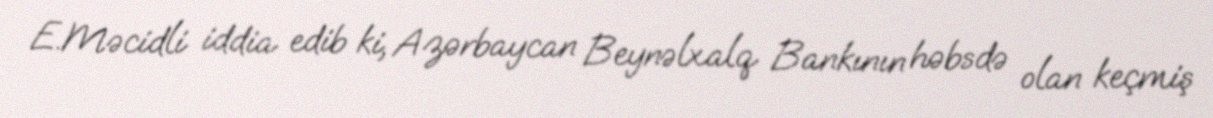
E.Məcidli iddia edib ki, Azərbaycan Beynəlxalq Bankının həbsdə olan keçmiş